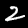
Digit: 2